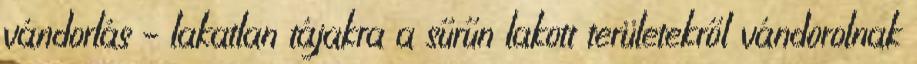
vándorlás – lakatlan tájakra a sűrűn lakott területekről vándorolnak